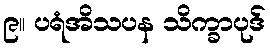
၉။ ပရံအိသပန သိက္ခာပုဒ်